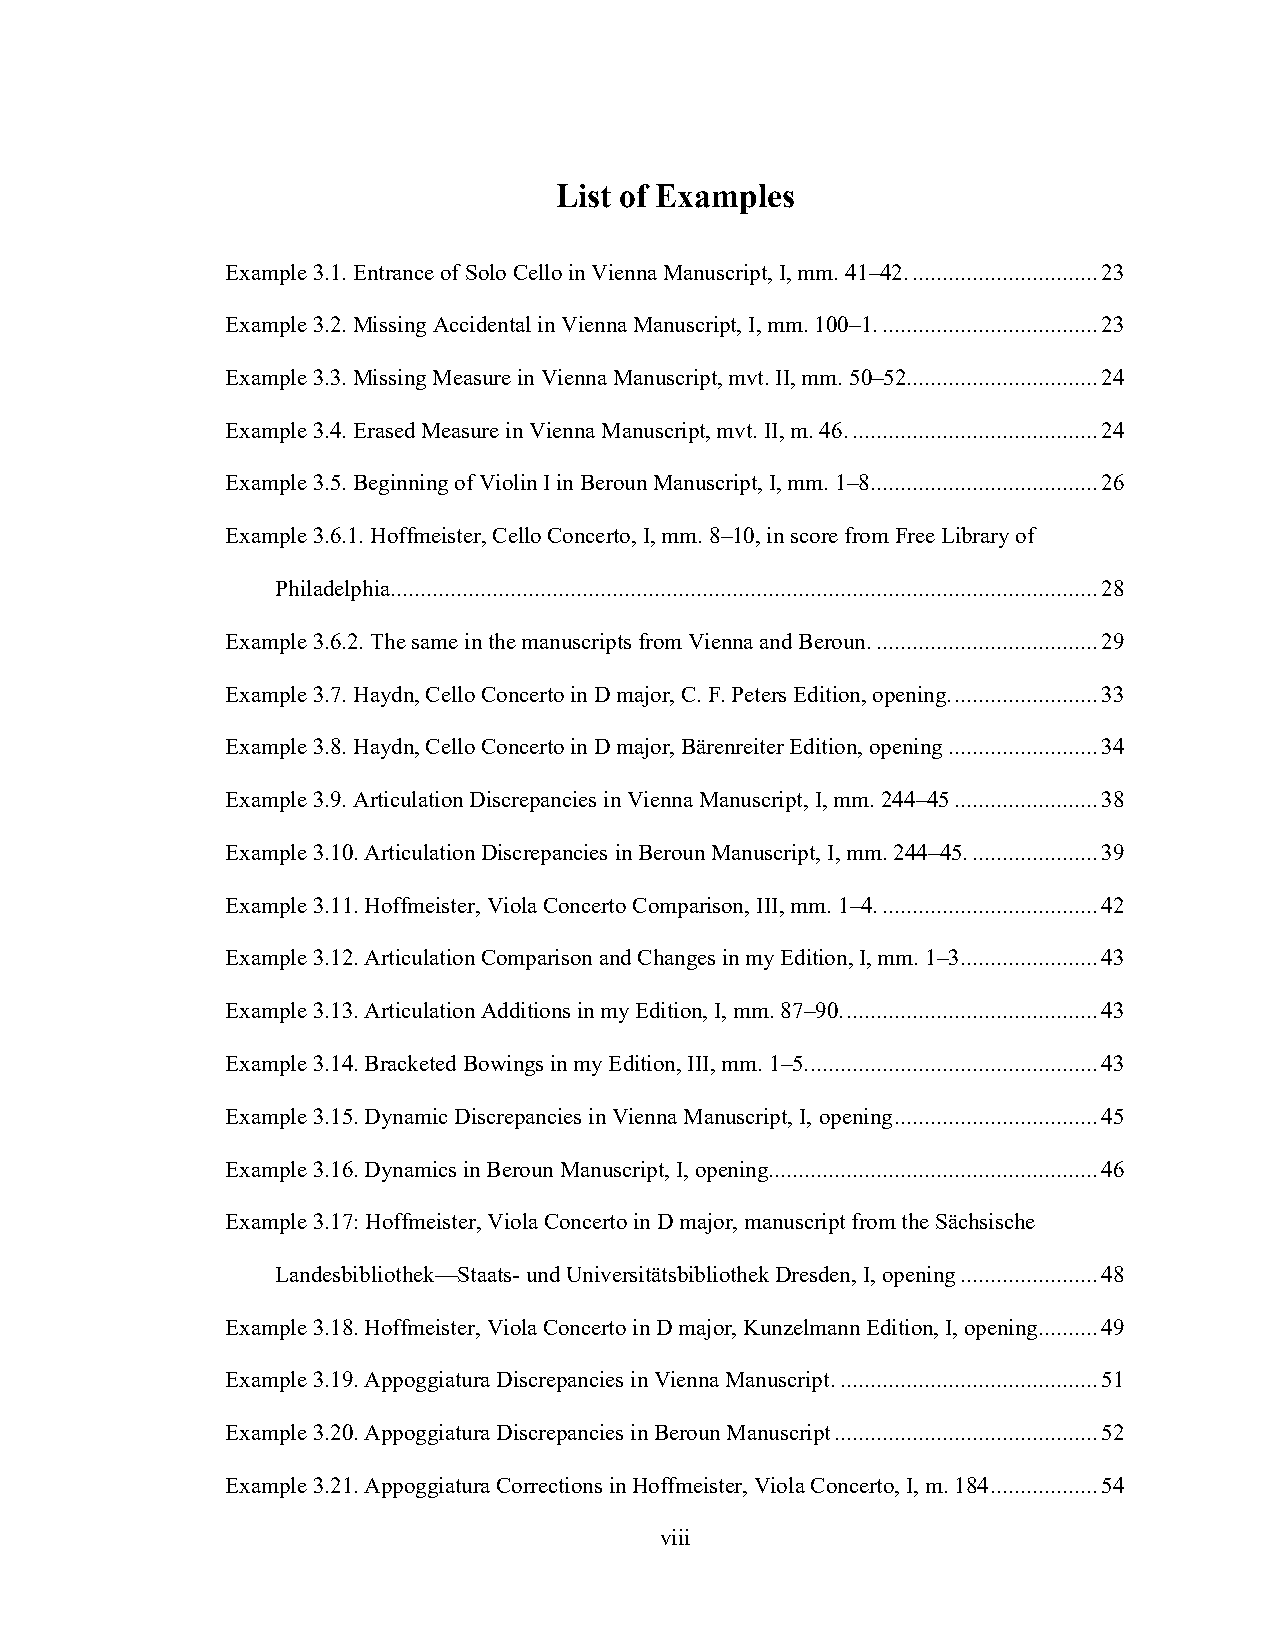
List of Examples
 Example 3.1. Entrance of Solo Cello in Vienna Manuscript, I, mm. 41–42. ............................... 23
 Example 3.2. Missing Accidental in Vienna Manuscript, I, mm. 100–1. .................................... 23
 Example 3.3. Missing Measure in Vienna Manuscript, mvt. II, mm. 50–52. ............................... 24
 Example 3.4. Erased Measure in Vienna Manuscript, mvt. II, m. 46. ......................................... 24
 Example 3.5. Beginning of Violin I in Beroun Manuscript, I, mm. 1–8. ..................................... 26
 Example 3.6.1. Hoffmeister, Cello Concerto, I, mm. 8–10, in score from Free Library of
 Philadelphia. ..................................................................................................................... 28
 Example 3.6.2. The same in the manuscripts from Vienna and Beroun. ..................................... 29
 Example 3.7. Haydn, Cello Concerto in D major, C. F. Peters Edition, opening. ........................ 33
 Example 3.8. Haydn, Cello Concerto in D major, Bärenreiter Edition, opening ......................... 34
 Example 3.9. Articulation Discrepancies in Vienna Manuscript, I, mm. 244–45 ........................ 38
 Example 3.10. Articulation Discrepancies in Beroun Manuscript, I, mm. 244–45. ..................... 39
 Example 3.11. Hoffmeister, Viola Concerto Comparison, III, mm. 1–4. .................................... 42
 Example 3.12. Articulation Comparison and Changes in my Edition, I, mm. 1–3 ....................... 43
 Example 3.13. Articulation Additions in my Edition, I, mm. 87–90. .......................................... 43
 Example 3.14. Bracketed Bowings in my Edition, III, mm. 1–5. ................................................ 43
 Example 3.15. Dynamic Discrepancies in Vienna Manuscript, I, opening .................................. 45
 Example 3.16. Dynamics in Beroun Manuscript, I, opening. ...................................................... 46
 Example 3.17: Hoffmeister, Viola Concerto in D major, manuscript from the Sächsische
 Landesbibliothek—Staats- und Universitätsbibliothek Dresden, I, opening ....................... 48
 Example 3.18. Hoffmeister, Viola Concerto in D major, Kunzelmann Edition, I, opening. ......... 49
 Example 3.19. Appoggiatura Discrepancies in Vienna Manuscript. ........................................... 51
 Example 3.20. Appoggiatura Discrepancies in Beroun Manuscript ............................................ 52
 Example 3.21. Appoggiatura Corrections in Hoffmeister, Viola Concerto, I, m. 184 .................. 54
 viii